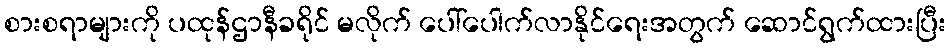
စားစရာများကို ပထုန်ဌာနီခရိုင် မလိုက် ပေါ်ပေါက်လာနိုင်ရေးအတွက် ဆောင်ရွက်ထားပြီး